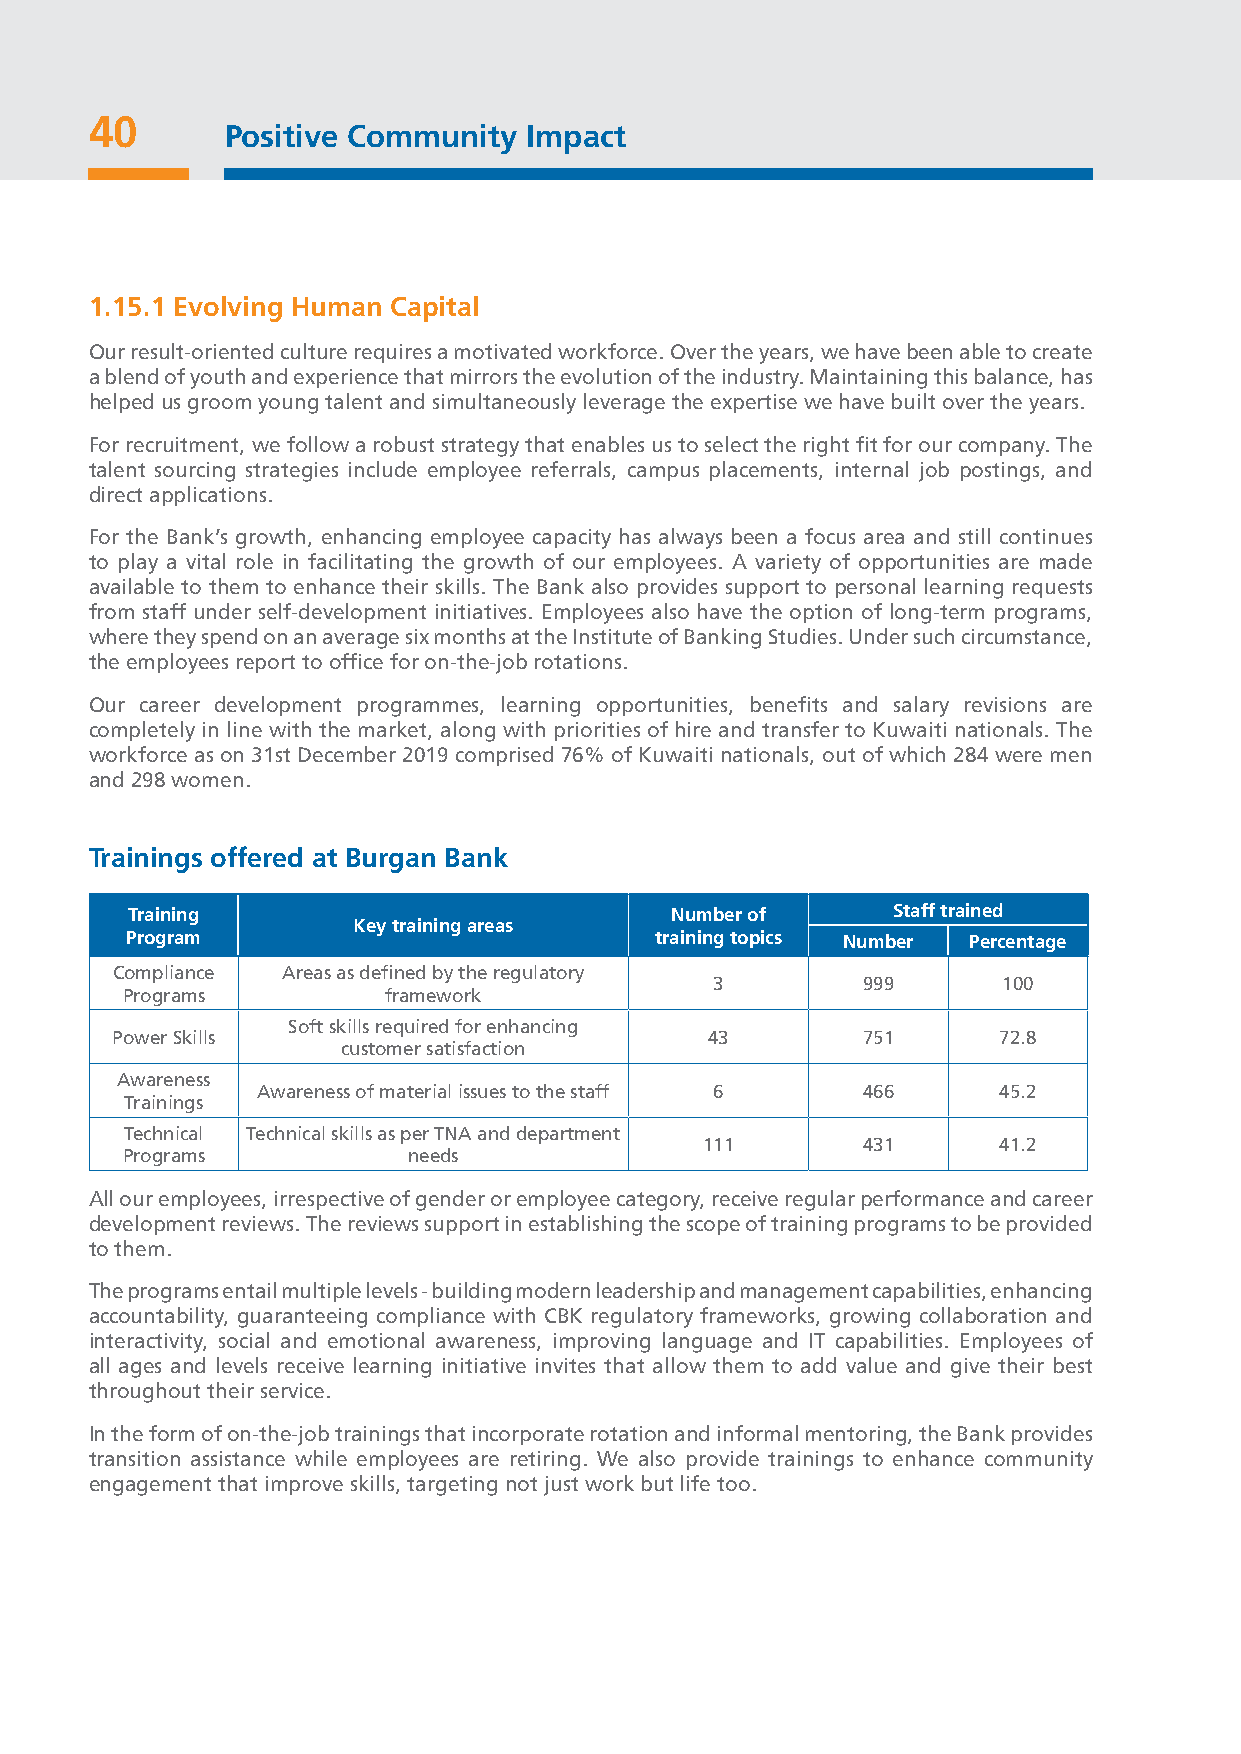
40
 Positive Community  Impact
 1.15.1 Evolving Human Capital
 Our result-oriented culture requires a motivated workforce. Over the years, we have been able to create
 a blend of youth and experience that mirrors the evolution of the industry. Maintaining this balance, has
 helped us groom young talent and simultaneously leverage the expertise we have built over the years.
 For recruitment, we follow a robust strategy that enables us to select the right fit for our company. The
 talent sourcing strategies include employee referrals, campus placements, internal job postings, and
 direct applications.
 For the Bank’s growth, enhancing employee capacity has always been a focus area and still continues
 to play a vital role in facilitating the growth of our employees. A variety of opportunities are made
 available to them to enhance their skills. The Bank also provides support to personal learning requests
 from staff under self-development initiatives. Employees also have the option of long-term programs,
 where they spend on an average six months at the Institute of Banking Studies. Under such circumstance,
 the employees report to office for on-the-job rotations.
 Our career development programmes, learning opportunities, benefits and salary revisions are
 completely in line with the market, along with priorities of hire and transfer to Kuwaiti nationals. The
 workforce as on 31st December 2019 comprised 76% of Kuwaiti nationals, out of which 284 were men
 and 298 women.
 Trainings offered at Burgan Bank
 Training                            Number of      Staff trained
 Key training areas
 Program                            training topics Number Percentage
 Compliance  Areas as defined by the regulatory
 3         999      100
 Programs         framework
 Soft skills required for enhancing
 Power Skills                            43        751      72.8
 customer satisfaction
 Awareness
 Awareness of material issues to the staff 6 466  45.2
 Trainings
 Technical Technical skills as per TNA and department
 111        431      41.2
 Programs           needs
 All our employees, irrespective of gender or employee category, receive regular performance and career
 development reviews. The reviews support in establishing the scope of training programs to be provided
 to them.
 The programs entail multiple levels - building modern leadership and management capabilities, enhancing
 accountability, guaranteeing compliance with CBK regulatory frameworks, growing collaboration and
 interactivity, social and emotional awareness, improving language and IT capabilities. Employees of
 all ages and levels receive learning initiative invites that allow them to add value and give their best
 throughout their service.
 In the form of on-the-job trainings that incorporate rotation and informal mentoring, the Bank provides
 transition assistance while employees are retiring. We also provide trainings to enhance community
 engagement that improve skills, targeting not just work but life too.